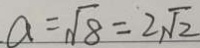
a = \sqrt { 8 } = 2 \sqrt { 2 }